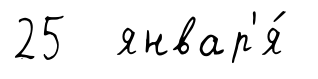
25 январ'я́